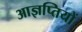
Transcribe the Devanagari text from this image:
आज्ञप्तियों